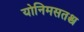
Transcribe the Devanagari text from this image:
योनिमसतश्च